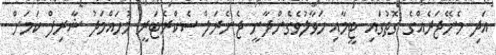
އަދި މެނޭޖަރެއްގެ ގޮތުގައި ޓީމާއި ހަވާލުވެގެންދާނީ ޖެނެރަލް ސެކްރެޓަރީ މުހައްމަދު ޝާރިފް ކަމަށް